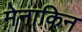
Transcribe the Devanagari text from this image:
मेनाकिन